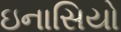
ઇનાસિયો